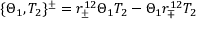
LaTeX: \{ \Theta _ { 1 } , T _ { 2 } \} ^ { \pm } = r _ { \pm } ^ { 1 2 } \Theta _ { 1 } T _ { 2 } - \Theta _ { 1 } r _ { \mp } ^ { 1 2 } T _ { 2 }